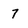
Character: 7